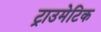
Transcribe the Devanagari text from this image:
ट्राउमेटिक